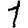
Digit: 1